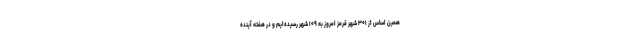
همین اساس از ۳۰۱ شهر قرمز امروز به ۱۰۹ شهر رسیده‌ایم و در هفته آینده